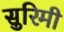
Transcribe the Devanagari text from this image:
सुरिमी